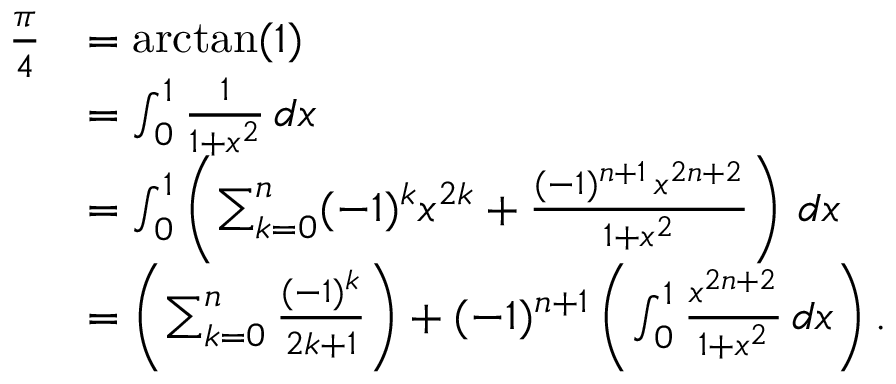
{ \begin{array} { r l } { { \frac { \pi } { 4 } } } & { = \arctan ( 1 ) } \\ & { = \int _ { 0 } ^ { 1 } { \frac { 1 } { 1 + x ^ { 2 } } } \, d x } \\ & { = \int _ { 0 } ^ { 1 } \left( \sum _ { k = 0 } ^ { n } ( - 1 ) ^ { k } x ^ { 2 k } + { \frac { ( - 1 ) ^ { n + 1 } \, x ^ { 2 n + 2 } } { 1 + x ^ { 2 } } } \right) \, d x } \\ & { = \left( \sum _ { k = 0 } ^ { n } { \frac { ( - 1 ) ^ { k } } { 2 k + 1 } } \right) + ( - 1 ) ^ { n + 1 } \left( \int _ { 0 } ^ { 1 } { \frac { x ^ { 2 n + 2 } } { 1 + x ^ { 2 } } } \, d x \right) . } \end{array} }